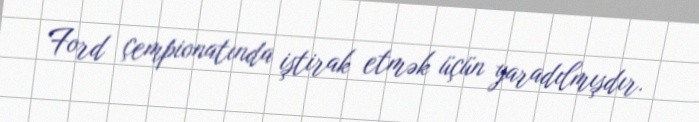
Ford çempionatında iştirak etmək üçün yaradılmışdır.